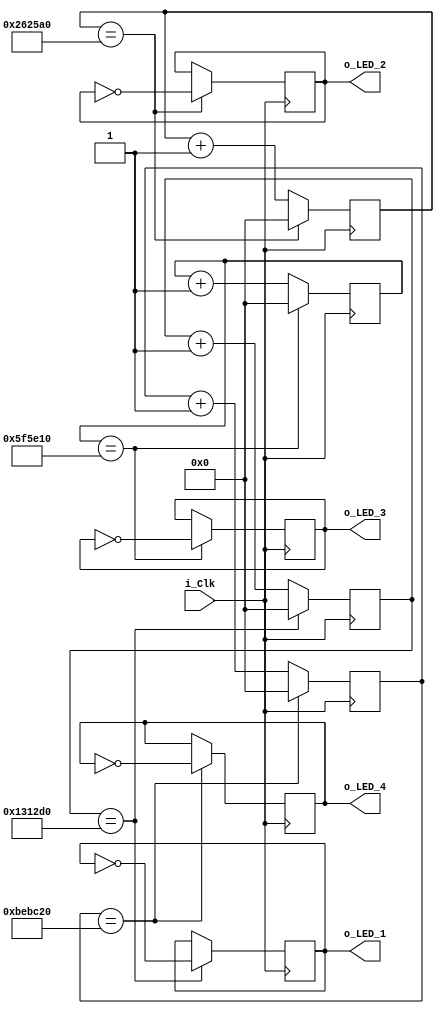
module LED_Blink
    #(parameter g_COUNT_10HZ = 1250000,
      parameter g_COUNT_5HZ = 2500000,
      parameter g_COUNT_2HZ = 6250000,
      parameter g_COUNT_1HZ = 12500000)
    (input i_Clk,
     output reg o_LED_1 = 1'b0,
     output reg o_LED_2 = 1'b0,
     output reg o_LED_3 = 1'b0,
     output reg o_LED_4 = 1'b0);

    // Counters for LEDs
    reg [31:0] r_Count_10HZ = 0;
    reg [31:0] r_Count_5HZ = 0;
    reg [31:0] r_Count_2HZ = 0;
    reg [31:0] r_Count_1HZ = 0;

    // Toggle each one at a different frequency

    always @(posedge i_Clk)
    begin
        if (r_Count_10HZ == g_COUNT_10HZ)
        begin
            o_LED_1      <= ~o_LED_1;
            r_Count_10HZ <= 0;
        end
        else
            r_Count_10HZ <= r_Count_10HZ + 1;
    end
    always @(posedge i_Clk)
    begin
        if (r_Count_5HZ == g_COUNT_5HZ)
        begin
            o_LED_2      <= ~o_LED_2;
            r_Count_5HZ <= 0;
        end
        else
            r_Count_5HZ <= r_Count_5HZ + 1;
    end
    always @(posedge i_Clk)
    begin
        if (r_Count_2HZ == g_COUNT_2HZ)
        begin
            o_LED_3      <= ~o_LED_3;
            r_Count_2HZ <= 0;
        end
        else
            r_Count_2HZ <= r_Count_2HZ + 1;
    end
    always @(posedge i_Clk)
    begin
        if (r_Count_1HZ == g_COUNT_1HZ)
        begin
            o_LED_4      <= ~o_LED_4;
            r_Count_1HZ <= 0;
        end
        else
            r_Count_1HZ <= r_Count_1HZ + 1;
    end
endmodule